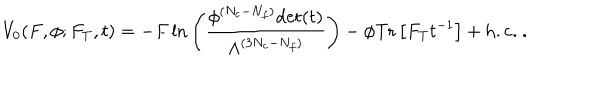
V _ { 0 } ( F , \phi ; F _ { T } , t ) = - F \, \mathrm { l n } \left( \frac { \phi ^ { ( N _ { c } - N _ { f } ) } \mathrm { d e t } ( t ) } { \Lambda ^ { ( 3 N _ { c } - N _ { f } ) } } \right) - \phi \mathrm { T r } \left[ F _ { T } t ^ { - 1 } \right] + \mathrm { h . c . } \ .